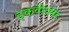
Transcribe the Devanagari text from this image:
इकवीपमेंट